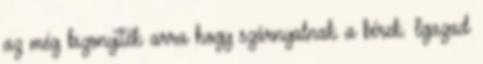
az még bizonyíték arra hogy szárnyalnak a bérek. Igazad